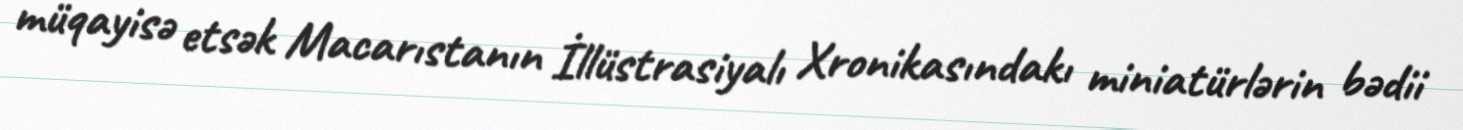
müqayisə etsək Macarıstanın İllüstrasiyalı Xronikasındakı miniatürlərin bədii